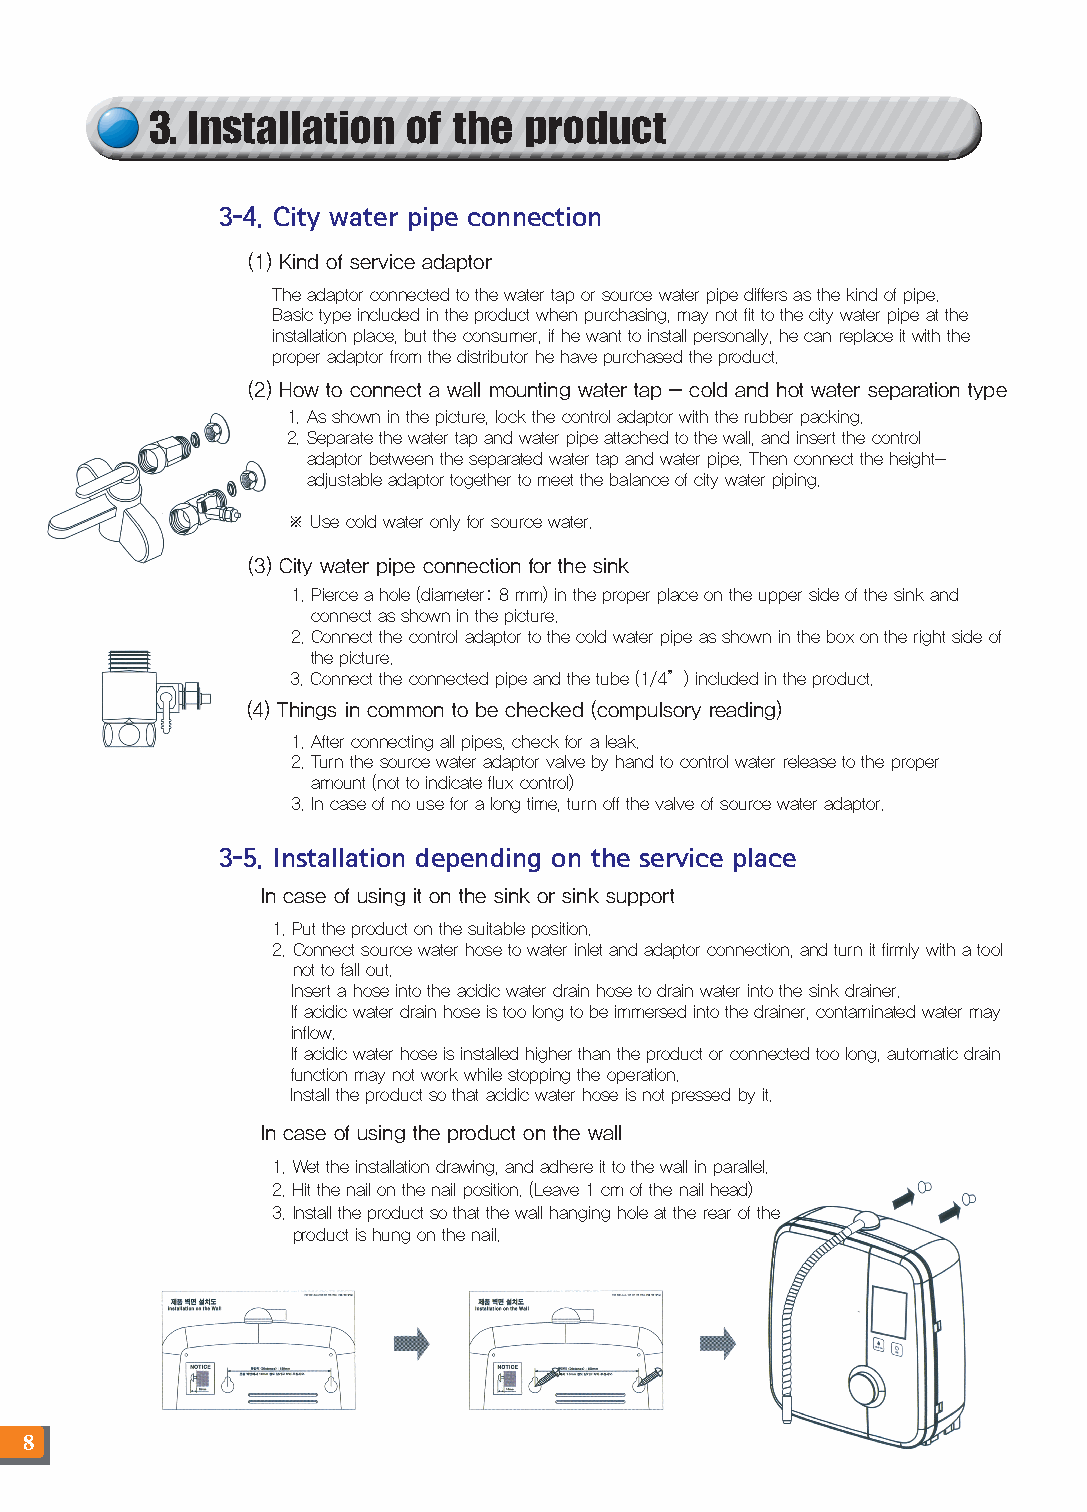
3. Installation  of the  product
 3-4. City water pipe connection
 (1) Kind of service adaptor
 The adaptor connected to the water tap or source water pipe differs as the kind of pipe.
 Basic type included in the product when purchasing, may not fit to the city water pipe at the
 installation place, but the consumer, if he want to install personally, he can replace it with the
 proper adaptor from the distributor he have purchased the product.
 (2) How to connect a wall mounting water tap - cold and hot water separation type
 1. As shown in the picture, lock the control adaptor with the rubber packing.
 2. Separate the water tap and water pipe attached to the wall, and insert the control
 adaptor between the separated water tap and water pipe. Then connect the height-
 adjustable adaptor together to meet the balance of city water piping.
 ※ Use cold water only for source water.
 (3) City water pipe connection for the sink
 1. Pierce a hole (diameter: 8 mm) in the proper place on the upper side of the sink and
 connect as shown in the picture.
 2. Connect the control adaptor to the cold water pipe as shown in the box on the right side of
 the picture.
 3. Connect the connected pipe and the tube (1/4”) included in the product.
 (4) Things in common to be checked (compulsory reading)
 1. After connecting all pipes, check for a leak.
 2. Turn the source water adaptor valve by hand to control water release to the proper
 amount (not to indicate flux control)
 3. In case of no use for a long time, turn off the valve of source water adaptor.
 3-5. Installation depending on the service place
 In case of using it on the sink or sink support
 1. Put the product on the suitable position.
 2. Connect source water hose to water inlet and adaptor connection, and turn it firmly with a tool
 not to fall out.
 Insert a hose into the acidic water drain hose to drain water into the sink drainer.
 If acidic water drain hose is too long to be immersed into the drainer, contaminated water may
 inflow.
 If acidic water hose is installed higher than the product or connected too long, automatic drain
 function may not work while stopping the operation.
 Install the product so that acidic water hose is not pressed by it.
 In case of using the product on the wall
 1. Wet the installation drawing, and adhere it to the wall in parallel.
 2. Hit the nail on the nail position. (Leave 1 cm of the nail head)
 3. Install the product so that the wall hanging hole at the rear of the
 product is hung on the nail.
 8